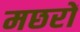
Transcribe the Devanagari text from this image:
मछरों